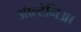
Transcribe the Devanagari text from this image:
ऑल्टेनिआ